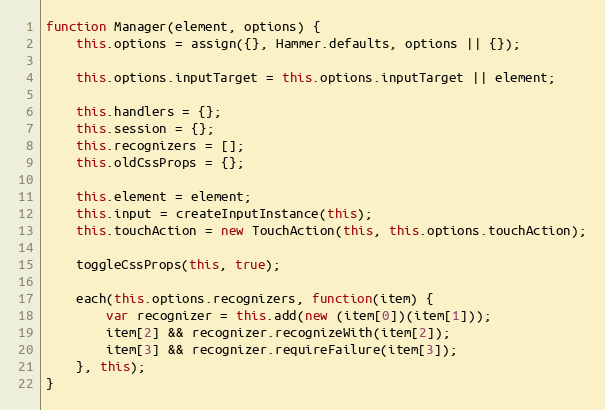
Language: JavaScript
function Manager(element, options) {
    this.options = assign({}, Hammer.defaults, options || {});

    this.options.inputTarget = this.options.inputTarget || element;

    this.handlers = {};
    this.session = {};
    this.recognizers = [];
    this.oldCssProps = {};

    this.element = element;
    this.input = createInputInstance(this);
    this.touchAction = new TouchAction(this, this.options.touchAction);

    toggleCssProps(this, true);

    each(this.options.recognizers, function(item) {
        var recognizer = this.add(new (item[0])(item[1]));
        item[2] && recognizer.recognizeWith(item[2]);
        item[3] && recognizer.requireFailure(item[3]);
    }, this);
}